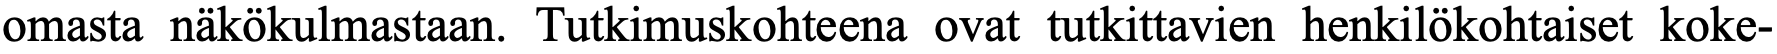
omasta näkökulmastaan. Tutkimuskohteena ovat tutkittavien henkilökohtaiset koke-